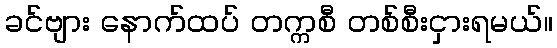
ခင်ဗျား နောက်ထပ် တက္ကစီ တစ်စီးငှားရမယ်။